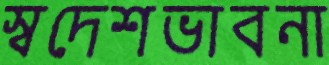
স্বদেশভাবনা